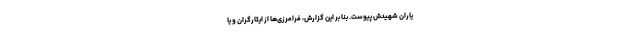
یاران شهیدش پیوست. بنا بر این گزارش، فرامرزی‌ها از ایثارگران و یا